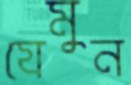
যেমুন